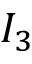
I _ { 3 }